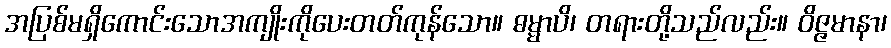
အပြစ်မရှိကောင်းသောအကျိုးကိုပေးတတ်ကုန်သော။ ဓမ္မာပိ၊ တရားတို့သည်လည်း။ ဝိဇ္ဇမာနာ၊